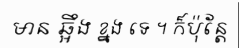
មាន ឆ្អឹង ខ្នង ទេ ។ ក៏ប៉ុន្តែ